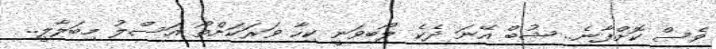
ވެސް ކޮށްފާނެ.. ޝުބް އޭނަ ދެކެ ލޯބިވަނީ ކިހާ ވަރަކަށްތޯ އަސްލު މިބަލާލީ..